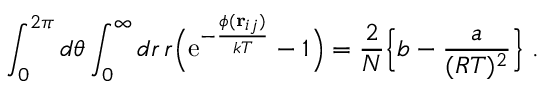
\int _ { 0 } ^ { 2 \pi } d \theta \int _ { 0 } ^ { \infty } d r \, r \Bigl ( \mathrm { e } ^ { - { \frac { \phi ( { \bf r } _ { i j } ) } { k T } } } - 1 \Bigr ) = { \frac { 2 } { N } } \Bigl \{ b - { \frac { a } { ( R T ) ^ { 2 } } } \Bigr \} \ .